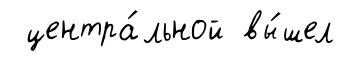
центра́льной вы́шел